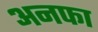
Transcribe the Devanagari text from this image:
अनफा